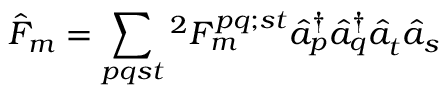
{ \hat { F } } _ { m } = \sum _ { p q s t } { ^ { 2 } F _ { m } ^ { p q ; s t } { \hat { a } } _ { p } ^ { \dagger } { \hat { a } } _ { q } ^ { \dagger } { \hat { a } } _ { t } ^ { } { \hat { a } } _ { s } ^ { } }